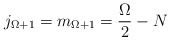
\begin{align*}j_{\Omega +1} = m_{\Omega+1} = \frac{\Omega}{2} - N \end{align*}